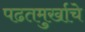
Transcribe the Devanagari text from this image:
पढतमुर्खाचे